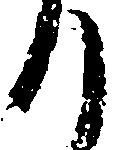
り